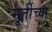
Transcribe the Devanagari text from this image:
मु्र्तीच्या